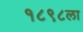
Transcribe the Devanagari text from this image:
१८९८ला